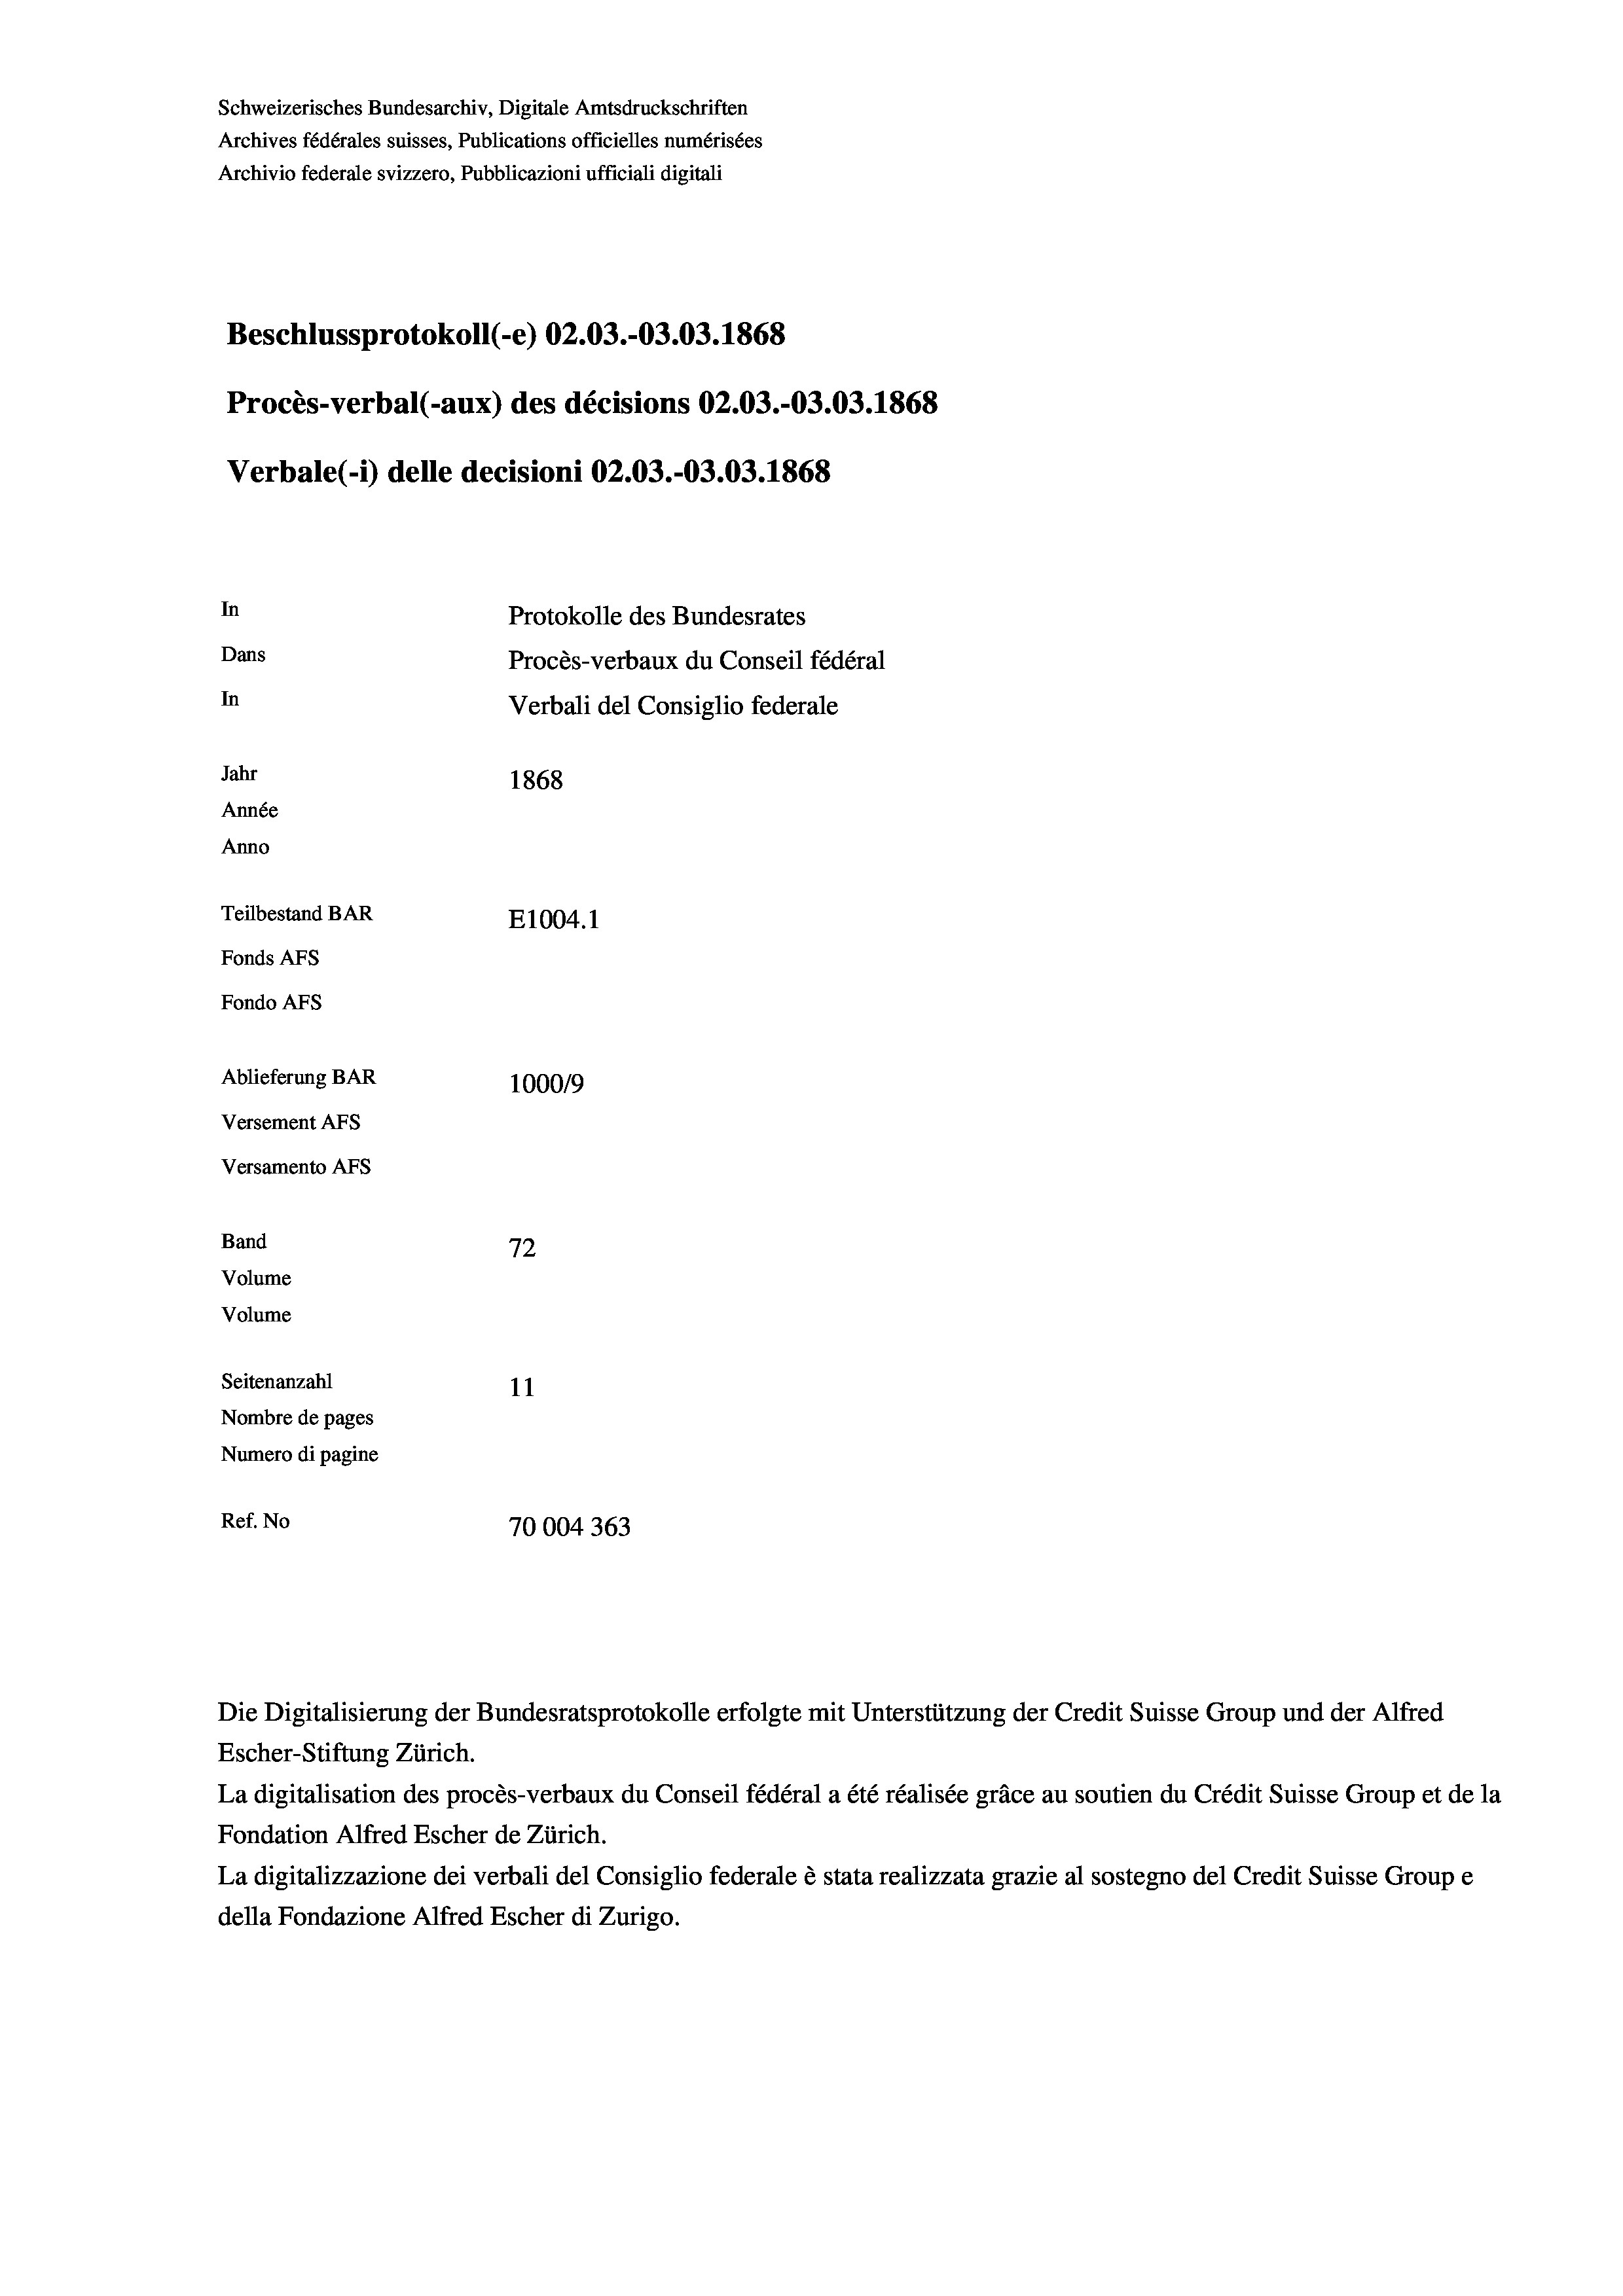
Schweizerisches Bundesarchiv, Digitale Amtsdruckschriften
Archives fédérales suisses, Publications officielles numérisées
Archivio federale svizzero, Pubblicazioni ufficiali digitali
Beschlussprotokoll (-e) 02.03.-03.03. 1868
Procès-verbal (-aux) des décisions 02.03.-03.03. 1868
Verbale(-*) delle decisioni 02.03.-03.03. 1868
In
Protokolle des Bundesrates
Dans
Procès-verbaux du Conseil fédéral
In
Verbali del Consiglio federale
Jahr
1868
Année
Anno
Teilbestand BAR
E1004.1
Fonds AFs
Fondo AFS
Ablieferung BAR
100019
Versement AFs
Versamento Afs

.
72
Seitenanzahl
11
Nombre de pages
Numero di pagine
Ref. No
70004 363

Band
Volume

Volume

Escher-Stiftung Zürich.
La digitalisation des procès-verbaux du Conseil fédéral a été réalisée gräce au soutien du Crédit Suisse Group et de la
Fondation Alfred Escher de Zürich.
La digitalizzazione dei verbali del Consiglio federale è stata realizzata grazie al sostegno del Credit Suisse Groupe
della Fondazione Alfred Escher di Zurigo.

Die Digitalisierung der Bundesratsprotokolle erfolgte mit Unterstützung der Credit Suisse Group und der Alfred